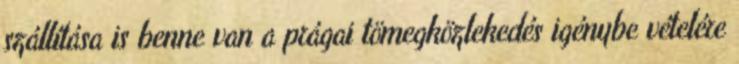
szállítása is benne van a prágai tömegközlekedés igénybe vételére